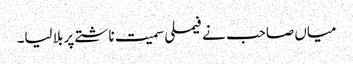
میاں صاحب نے فیملی سمیت ناشتے پر بلا لیا۔